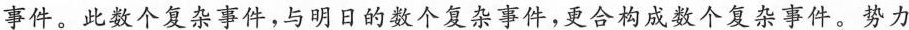
事件。此数个复杂事件，与明日的数个复杂事件，更合构成数个复杂事件。势力